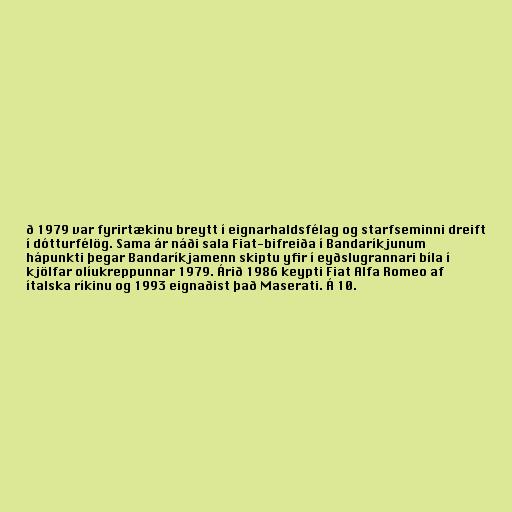
ð 1979 var fyrirtækinu breytt í eignarhaldsfélag og starfseminni dreift
í dótturfélög. Sama ár náði sala Fiat-bifreiða í Bandaríkjunum
hápunkti þegar Bandaríkjamenn skiptu yfir í eyðslugrannari bíla í
kjölfar olíukreppunnar 1979. Árið 1986 keypti Fiat Alfa Romeo af
ítalska ríkinu og 1993 eignaðist það Maserati. Á 10.